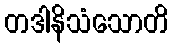
တဒါနိသံသောတိ